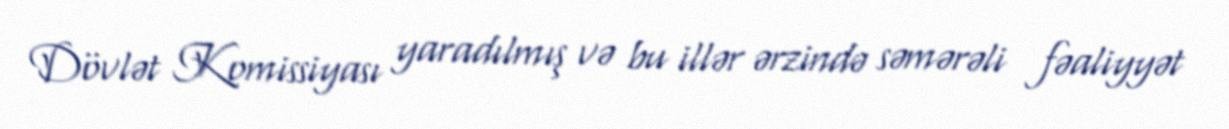
Dövlət Komissiyası yaradılmış və bu illər ərzində səmərəli fəaliyyət